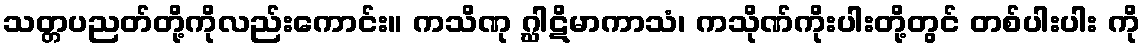
သတ္တပညတ်တို့ကိုလည်းကောင်း။ ကသိဏု ဂ္ဃါဋိမာကာသံ၊ ကသိုဏ်ကိုးပါးတို့တွင် တစ်ပါးပါး ကို